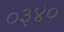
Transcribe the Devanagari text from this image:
०३४०